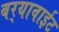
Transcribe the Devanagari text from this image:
बर्‍यावाईट